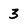
Character: 3